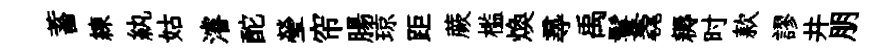
蓄練紈姑濬酡瑩帘腸琼距蕨槛煥𡬶禹鬟毳耨时款謬井朋